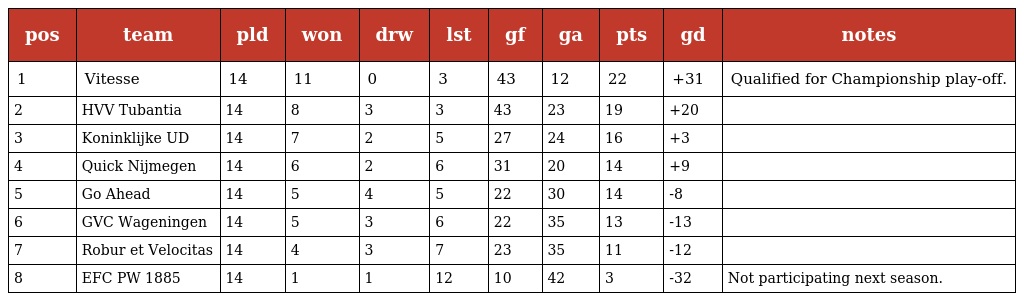
| pos | team | pld | won | drw | lst | gf | ga | pts | gd | notes |
 | --- | --- | --- | --- | --- | --- | --- | --- | --- | --- | --- |
 | 1 | Vitesse | 14 | 11 | 0 | 3 | 43 | 12 | 22 | +31 | Qualified for Championship play-off. |
 | 2 | HVV Tubantia | 14 | 8 | 3 | 3 | 43 | 23 | 19 | +20 |  |
 | 3 | Koninklijke UD | 14 | 7 | 2 | 5 | 27 | 24 | 16 | +3 |  |
 | 4 | Quick Nijmegen | 14 | 6 | 2 | 6 | 31 | 20 | 14 | +9 |  |
 | 5 | Go Ahead | 14 | 5 | 4 | 5 | 22 | 30 | 14 | -8 |  |
 | 6 | GVC Wageningen | 14 | 5 | 3 | 6 | 22 | 35 | 13 | -13 |  |
 | 7 | Robur et Velocitas | 14 | 4 | 3 | 7 | 23 | 35 | 11 | -12 |  |
 | 8 | EFC PW 1885 | 14 | 1 | 1 | 12 | 10 | 42 | 3 | -32 | Not participating next season. |